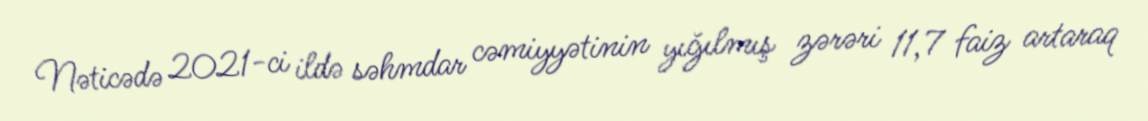
Nəticədə 2021-ci ildə səhmdar cəmiyyətinin yığılmış zərəri 11,7 faiz artaraq